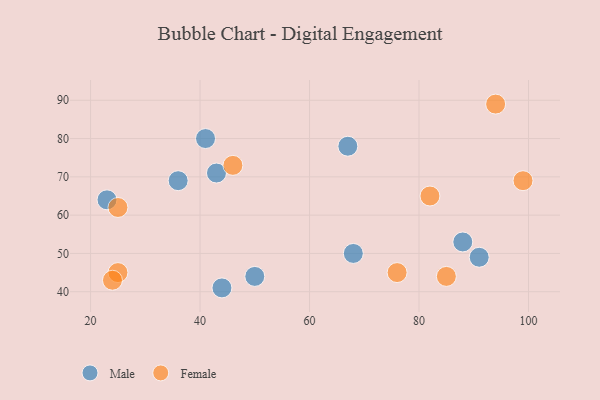
{"axis": {"x": "GDP", "y": "Life Expectancy"}, "legend": ["Female", "Male"], "data": [{"x": "43", "y": 71, "type": "Male"}, {"x": "67", "y": 78, "type": "Male"}, {"x": "41", "y": 80, "type": "Male"}, {"x": "36", "y": 69, "type": "Male"}, {"x": "88", "y": 53, "type": "Male"}, {"x": "91", "y": 49, "type": "Male"}, {"x": "23", "y": 64, "type": "Male"}, {"x": "50", "y": 44, "type": "Male"}, {"x": "44", "y": 41, "type": "Male"}, {"x": "68", "y": 50, "type": "Male"}, {"x": "99", "y": 69, "type": "Female"}, {"x": "94", "y": 89, "type": "Female"}, {"x": "25", "y": 45, "type": "Female"}, {"x": "82", "y": 65, "type": "Female"}, {"x": "46", "y": 73, "type": "Female"}, {"x": "85", "y": 44, "type": "Female"}, {"x": "24", "y": 43, "type": "Female"}, {"x": "76", "y": 45, "type": "Female"}, {"x": "25", "y": 62, "type": "Female"}]}